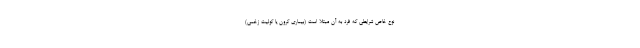
نوع خاص شرایطی که فرد به آن مبتلا است (بیماری کرون یا کولیت زخمی)